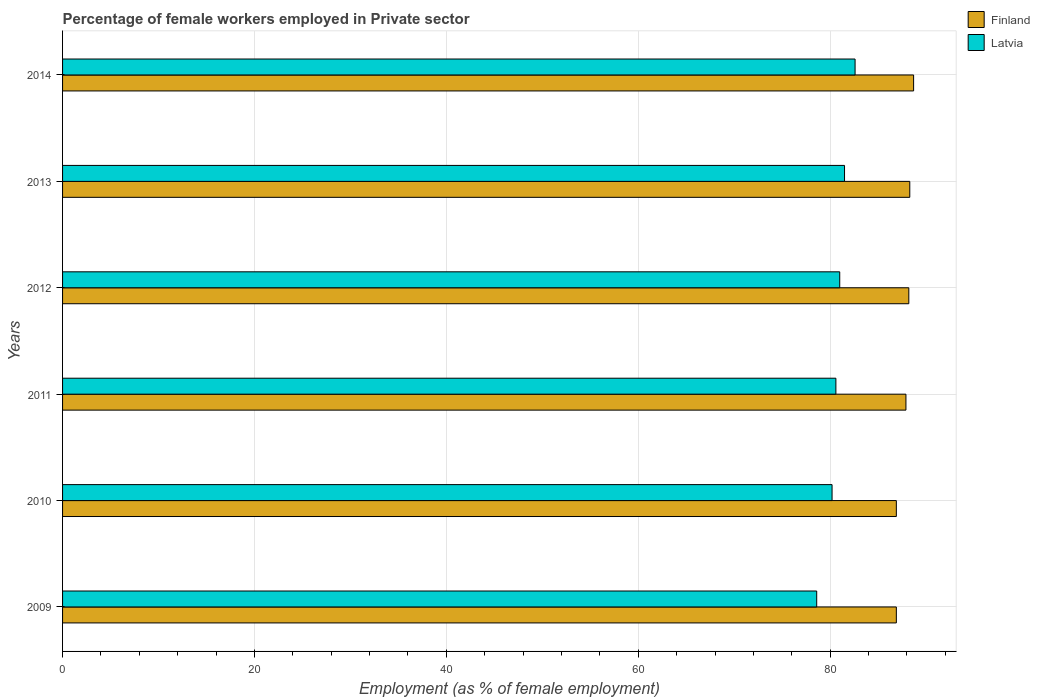
| Years | Finland | Latvia |
 | --- | --- | --- |
 | 2009 | 86.9 | 78.6 |
 | 2010 | 86.9 | 80.2 |
 | 2011 | 87.9 | 80.6 |
 | 2012 | 88.2 | 81 |
 | 2013 | 88.3 | 81.5 |
 | 2014 | 88.7 | 82.6 |